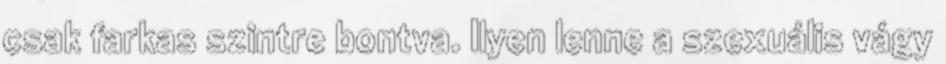
csak farkas szintre bontva. Ilyen lenne a szexuális vágy